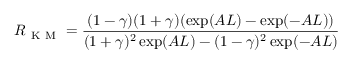
R _ { \mathrm { ~ K ~ M ~ } } = \frac { ( 1 - \gamma ) ( 1 + \gamma ) ( \exp ( A L ) - \exp ( - A L ) ) } { ( 1 + \gamma ) ^ { 2 } \exp ( A L ) - ( 1 - \gamma ) ^ { 2 } \exp ( - A L ) }